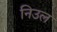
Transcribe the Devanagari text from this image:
निउल